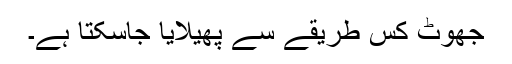
جھوٹ کس طریقے سے پھیلایا جاسکتا ہے۔